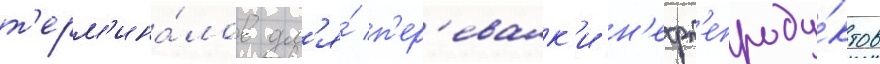
т'ерм'ина́лов дл'я́ п'ер'евалк'и н'ефт'епроду́ктов